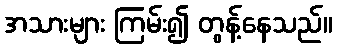
အသားများ ကြမ်း၍ တွန့်နေသည်။